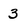
Character: 3